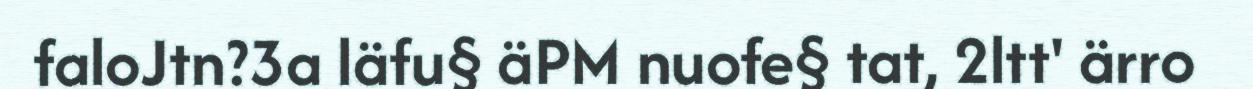
faloJtn?3a läfu§ äPM nuofe§ tat, 2ltt' ärro